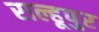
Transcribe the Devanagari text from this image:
राल्हूपुर